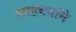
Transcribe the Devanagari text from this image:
साहचर्याने